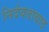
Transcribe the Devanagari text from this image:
निर्दयतावाद